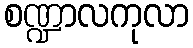
စဏ္ဍာလကုလာ